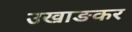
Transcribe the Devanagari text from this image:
उखाङकर